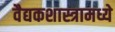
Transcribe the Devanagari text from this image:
वैद्यकशास्त्रामध्ये